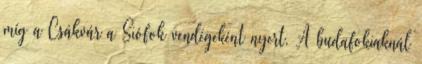
míg a Csákvár a Siófok vendégeként nyert. A budafokiaknál